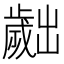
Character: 𣦧